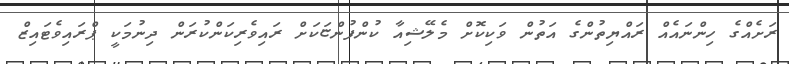
ރަށެއްގެ ހިންނައެއް ރައްޔިތުންގެ އަތުން ވަކިކޮށް މެލޭޝިއާ ކުންފުންޏަކަށް ރައިވެރިކަންކުރަން ދިނުމަކީ ޕްރައިވެޓައިޒް